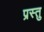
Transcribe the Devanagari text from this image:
प्रस्तु